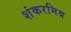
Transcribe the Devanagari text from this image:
शंकरमिश्र